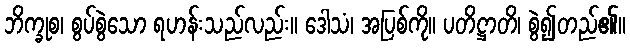
ဘိက္ခုစ၊ စွပ်စွဲသော ရဟန်းသည်လည်း။ ဒေါသံ၊ အပြစ်ကို။ ပတိဋ္ဌာတိ၊ စွဲ၍တည်၏။